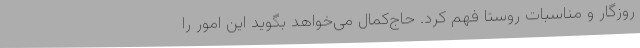
روزگار و مناسبات روستا فهم کرد. حاج‌کمال می‌خواهد بگوید این امور را